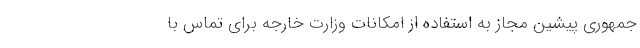
جمهوری پیشین مجاز به استفاده از امکانات وزارت خارجه برای تماس با